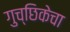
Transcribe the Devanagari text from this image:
गुच्छिकेचा